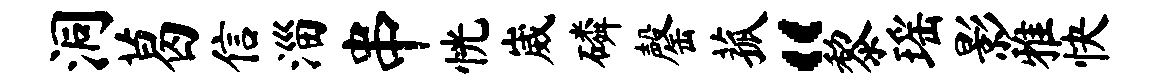
洞葛信淄串恍崴磷罄菰“黎瑶影雅快